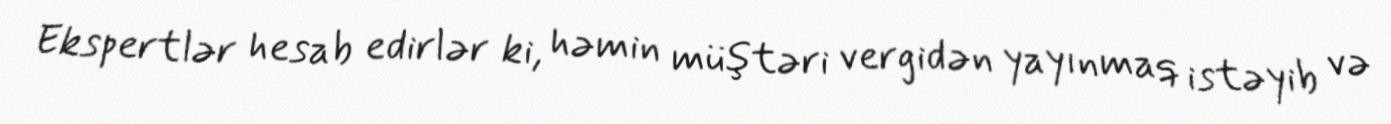
Ekspertlər hesab edirlər ki, həmin müştəri vergidən yayınmaq istəyib və